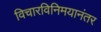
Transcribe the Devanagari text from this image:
विचारविनिमयानंतर